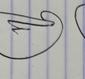
Signature authenticity: genuine